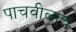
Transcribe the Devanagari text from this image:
पाचवीलाच